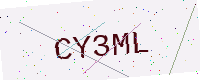
Text: CY3ML